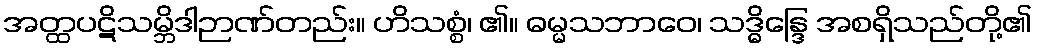
အတ္ထပဋိသမ္ဘိဒါဉာဏ်တည်း။ ဟိသစ္စံ၊ ၏။ ဓမ္မသဘာဝေ၊ သဒ္ဓိန္ဒြေ အစရှိသည်တို့၏